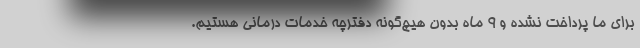
برای ما پرداخت نشده و ۹ ماه بدون هیچ‌گونه دفترچه خدمات درمانی هستیم.